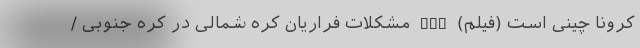
کرونا چینی‌ است (فیلم) nan مشکلات فراریان کره شمالی در کره جنوبی /